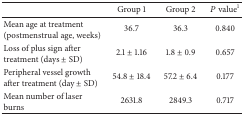
<table><thead><tr><td><b> </b></td><td><b>Group 1</b></td><td><b>Group 2</b></td><td><b><i>P</i> value<sup>1</sup></b></td></tr></thead><tbody><tr><td>Mean age at treatment (postmenstrual age, weeks)</td><td>36.7</td><td>36.3</td><td>0.840</td></tr><tr><td>Loss of plus sign after treatment (days ± SD)</td><td>2.1 ± 1.16</td><td>1.8 ± 0.9</td><td>0.657</td></tr><tr><td>Peripheral vessel growth after treatment (day ± SD)</td><td>54.8 ± 18.4</td><td>57.2 ± 6.4</td><td>0.177</td></tr><tr><td>Mean number of laser burns</td><td>2631.8</td><td>2849.3</td><td>0.717</td></tr></tbody></table>